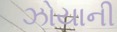
ઝોયાની